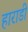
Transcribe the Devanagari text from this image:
हाराडी